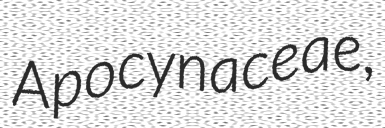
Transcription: Apocynaceae,